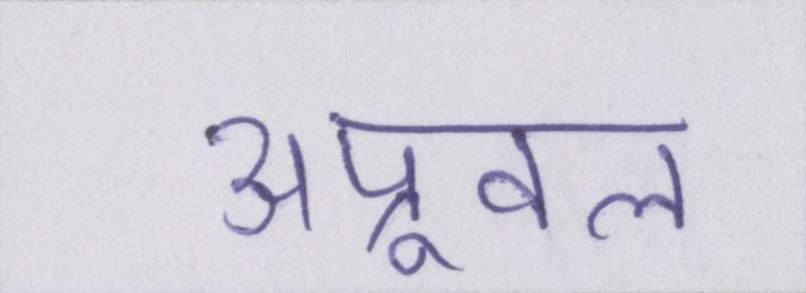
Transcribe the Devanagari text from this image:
अप्रूवल